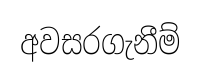
අවසරගැනීම්